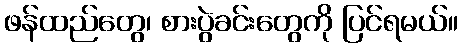
ဖန်ထည်တွေ၊ စားပွဲခင်းတွေကို ပြင်ရမယ်။